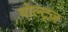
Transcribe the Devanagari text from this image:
बोल्ट्ज़